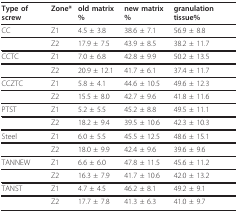
| Type of screw | Zone* | old matrix % | new matrix % | granulation tissue% |
 | --- | --- | --- | --- | --- |
 | CC | Z1 | 4.5 ± 3.8 | 38.6 ± 7.1 | 56.9 ± 8.8 |
 |  | Z2 | 17.9 ± 7.5 | 43.9 ± 8.5 | 38.2 ± 11.7 |
 | CCTC | Z1 | 7.0 ± 6.8 | 42.8 ± 9.9 | 50.2 ± 13.5 |
 |  | Z2 | 20.9 ± 12.1 | 41.7 ± 6.1 | 37.4 ± 11.7 |
 | CCZTC | Z1 | 5.8 ± 4.1 | 44.6 ± 10.5 | 49.6 ± 12.3 |
 |  | Z2 | 15.5 ± 8.0 | 42.7 ± 9.6 | 41.8 ± 11.6 |
 | PTST | Z1 | 5.2 ± 5.5 | 45.2 ± 8.8 | 49.5 ± 11.1 |
 |  | Z2 | 18.2 ± 9.4 | 39.5 ± 10.6 | 42.3 ± 10.3 |
 | Steel | Z1 | 6.0 ± 5.5 | 45.5 ± 12.5 | 48.6 ± 15.1 |
 |  | Z2 | 18.0 ± 9.9 | 42.4 ± 9.6 | 39.6 ± 9.6 |
 | TANNEW | Z1 | 6.6 ± 6.0 | 47.8 ± 11.5 | 45.6 ± 11.2 |
 |  | Z2 | 16.3 ± 7.9 | 41.7 ± 10.6 | 42.0 ± 13.2 |
 | TANST | Z1 | 4.7 ± 4.5 | 46.2 ± 8.1 | 49.2 ± 9.1 |
 |  | Z2 | 17.7 ± 7.8 | 41.3 ± 6.3 | 41.0 ± 9.7 |